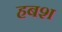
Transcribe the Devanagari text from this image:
हबश